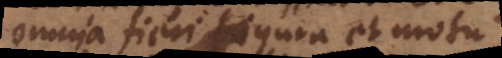
omnia fieri figura et motu